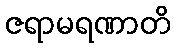
ဇရာမရဏာတိ